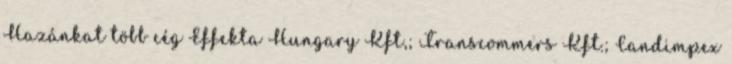
Hazánkat több cég Effekta Hungary Kft,; Transcommers Kft.; Candimpex